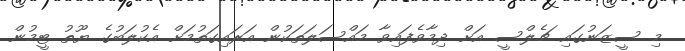
މި ސީޒަނުގައި ޗެލްސީ އަށް ދިމާވެފައިވާ މައްސަލަތަކުން އަރައިގަތުމަށް އެކުލަބުގެ ޔޫތު ޓީމުން